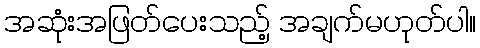
အဆုံးအဖြတ်ပေးသည့် အချက်မဟုတ်ပါ။